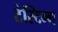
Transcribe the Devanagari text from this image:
टेस्टिन्ग